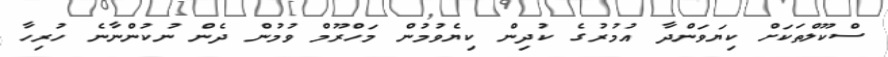
ސްކޫލްތަކަށް ކިޔަވަންދާ އުމުރުގެ ކުދިން ކިޔެވުމުން މަހްރޫމް ވުމުން ދެން ނުކުންނާނެ ހުރިހާ